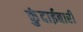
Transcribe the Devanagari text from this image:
कुंदाईबारी